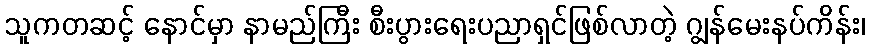
သူကတဆင့် နောင်မှာ နာမည်ကြီး စီးပွားရေးပညာရှင်ဖြစ်လာတဲ့ ဂျွန်မေးနပ်ကိန်း၊